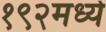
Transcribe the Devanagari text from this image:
१९२मध्ये